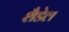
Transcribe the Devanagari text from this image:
शैडेल